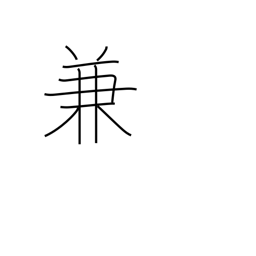
Meaning: beforehand